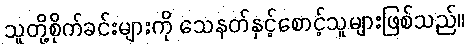
သူတို့စိုက်ခင်းများကို သေနတ်နှင့်စောင့်သူများဖြစ်သည်။